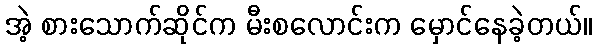
အဲ့ စားသောက်ဆိုင်က မီးစလောင်းက မှောင်နေခဲ့တယ်။